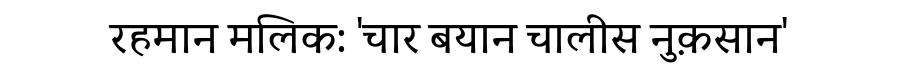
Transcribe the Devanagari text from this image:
रहमान मलिक: 'चार बयान चालीस नुक़सान'